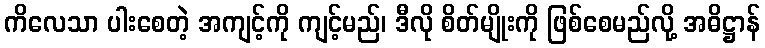
ကိလေသာ ပါးစေတဲ့ အကျင့်ကို ကျင့်မည်၊ ဒီလို စိတ်မျိုးကို ဖြစ်စေမည်လို့ အဓိဋ္ဌာန်